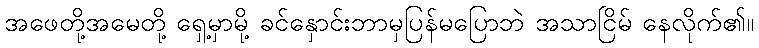
အဖေတို့အမေတို့ ရှေ့မှာမို့ ခင်နှောင်းဘာမှပြန်မပြောဘဲ အသာငြိမ် နေလိုက်၏။